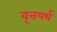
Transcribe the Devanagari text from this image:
वृत्तयर्थ